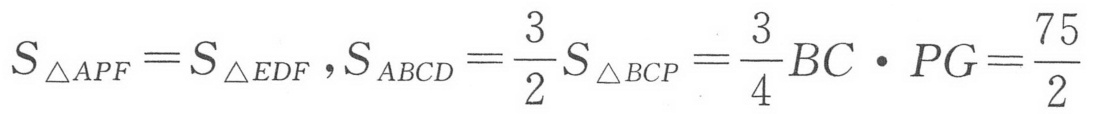
\(S_{\triangle APF}=S_{\triangle EDF},S_{ABCD}=\frac{3}{2}S_{\triangle BCP}=\frac{3}{4}BC\cdot PG=\frac{75}{2}\)